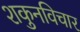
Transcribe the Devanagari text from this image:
शकुनविचार